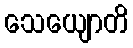
သေယျောတိ